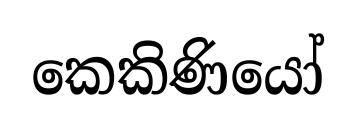
කෙකිණියෝ